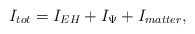
\begin{align*}I_{tot} = I_{EH} + I_{\Psi} + I_{matter}, \end{align*}